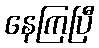
နေကြပြီ